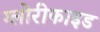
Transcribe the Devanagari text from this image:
ग्लोरीफाइड